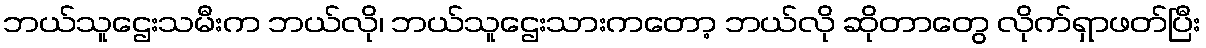
ဘယ်သူဌေးသမီးက ဘယ်လို၊ ဘယ်သူဌေးသားကတော့ ဘယ်လို ဆိုတာတွေ လိုက်ရှာဖတ်ပြီး